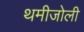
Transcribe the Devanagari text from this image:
थमीजोली